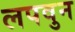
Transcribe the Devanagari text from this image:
लपवुन